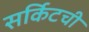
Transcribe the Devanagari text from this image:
सर्किटची